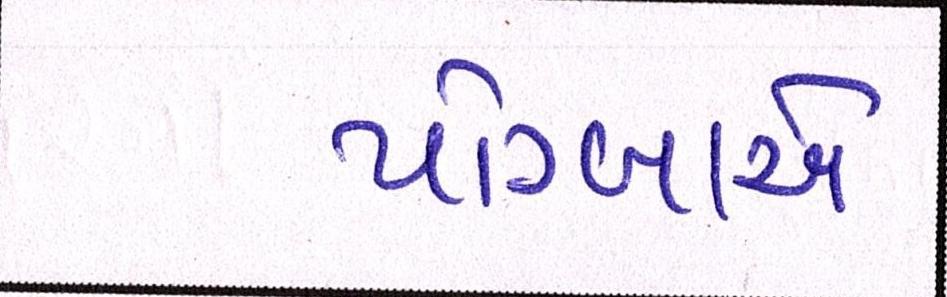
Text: પોગ્બાએ